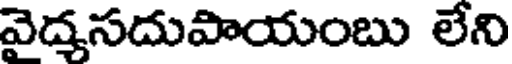
వైద్మసదుపాయంబు లేని